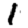
Digit: 1